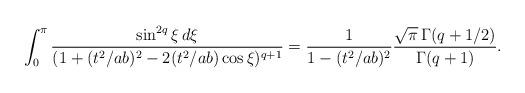
LaTeX: \begin{align*}\int_0^\pi \frac{\sin^{2q}\xi \, d\xi} {(1+(t^2/ab)^2-2(t^2/ab)\cos\xi)^{q+1}} = \frac {1} {1-(t^2/ab)^2} \frac {\sqrt{\pi}\, \Gamma(q+1/2)} {\Gamma(q+1)}.\end{align*}